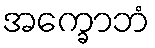
အက္ခောဘံ